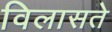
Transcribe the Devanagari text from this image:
विलासते